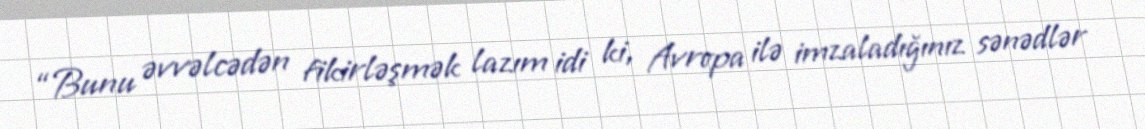
“Bunu əvvəlcədən fikirləşmək lazım idi ki, Avropa ilə imzaladığınız sənədlər